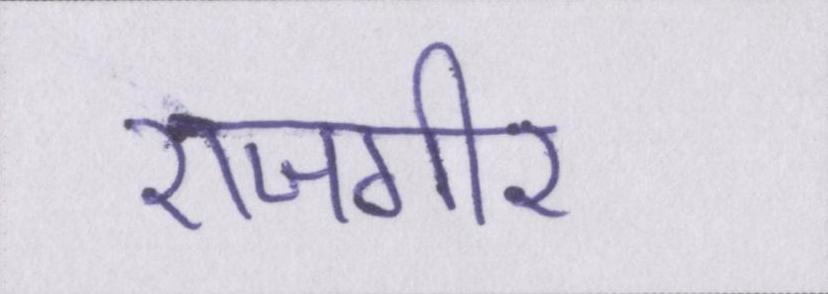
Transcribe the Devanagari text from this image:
राजगीर